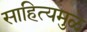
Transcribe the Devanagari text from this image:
साहित्यमुळे